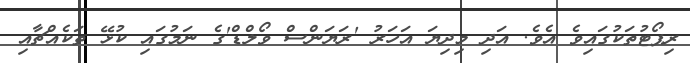
ރިޕޯޓުތަކުގައިވެ އެވެ. އަދި މިދިޔަ އަހަރު 'ރަޔަންސް ވޯލްޑް'ގެ ނަމުގައި ކުޅޭ ތަކެއްޗާއި